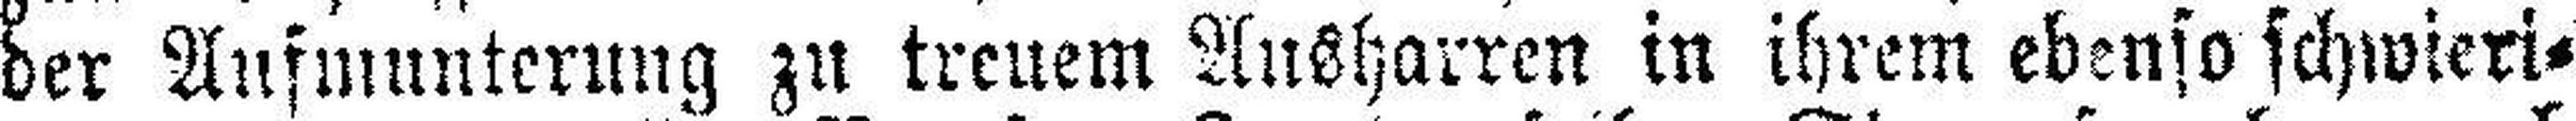
der Aufmunterung zu treuem Ausharren in ihrem ebenso schwieri¬